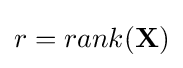
r=rank(\mathbf {X} )